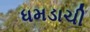
ધમડાચી